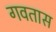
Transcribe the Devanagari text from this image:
गवतास